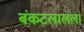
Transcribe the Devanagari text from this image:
बंकटलालला